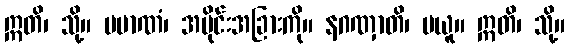
ဣတိ၊ သို့။ ပမာဏံ၊ အပိုင်းအခြားကို။ နဂဏှာတိ၊ မယူ။ ဣတိ၊ သို့။